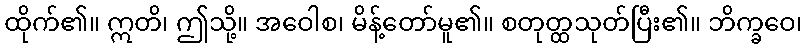
ထိုက်၏။ ဣတိ၊ ဤသို့။ အဝေါစ၊ မိန့်တော်မူ၏။ စတုတ္ထသုတ်ပြီး၏။ ဘိက္ခဝေ၊